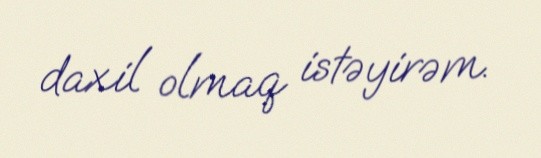
daxil olmaq istəyirəm.